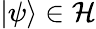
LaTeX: |\psi\rangle\in{\mathcal{H}}